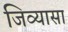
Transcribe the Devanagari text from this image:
जिव्यासा